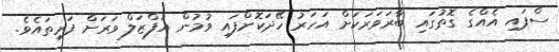
ސްޕައި އެއްގެ ގޮތުގައި ބާރަވަރަކަށް އަހަރު ހޭދަކޮށްފައި ވުމުން އަފްޒަލް ވަރަށް ފަރިތައެވެ.